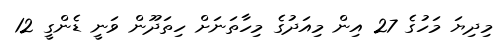
މިދިޔަ މަހުގެ 27 އިން މިއަދުގެ މިހާތަނަށް ހިތަދޫން ވަނީ ޑެންގީ 12